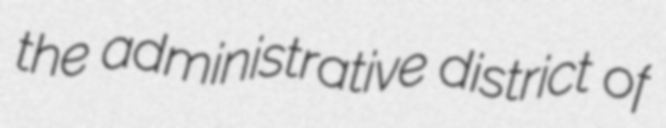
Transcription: the administrative district of